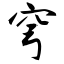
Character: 穹